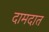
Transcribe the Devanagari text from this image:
दामदात